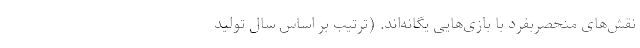
نقش‌های منحصربفرد با بازی‌هایی یگانه‌اند. (ترتیب بر اساس سال تولید